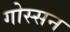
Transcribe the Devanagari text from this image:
गोस्सन